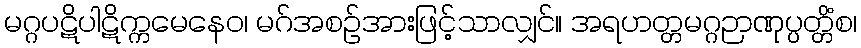
မဂ္ဂပဋိပါဋိက္ကမေနေဝ၊ မဂ်အစဉ်အားဖြင့်သာလျှင်။ အရဟတ္တမဂ္ဂဉာဏုပ္ပတ္တိံစ၊